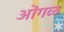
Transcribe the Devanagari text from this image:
ओंगळ